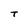
Character: T